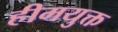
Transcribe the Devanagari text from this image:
हीमयुक्त